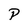
Character: P